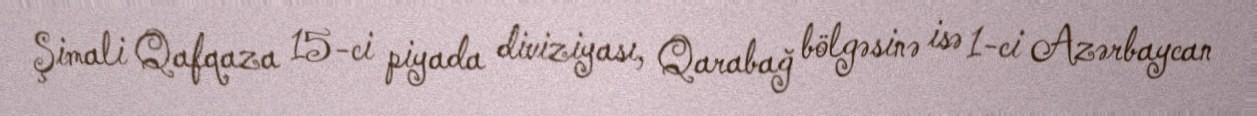
Şimali Qafqaza 15-ci piyada diviziyası, Qarabağ bölgəsinə isə 1-ci Azərbaycan